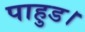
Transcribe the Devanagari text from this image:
पाहुड।